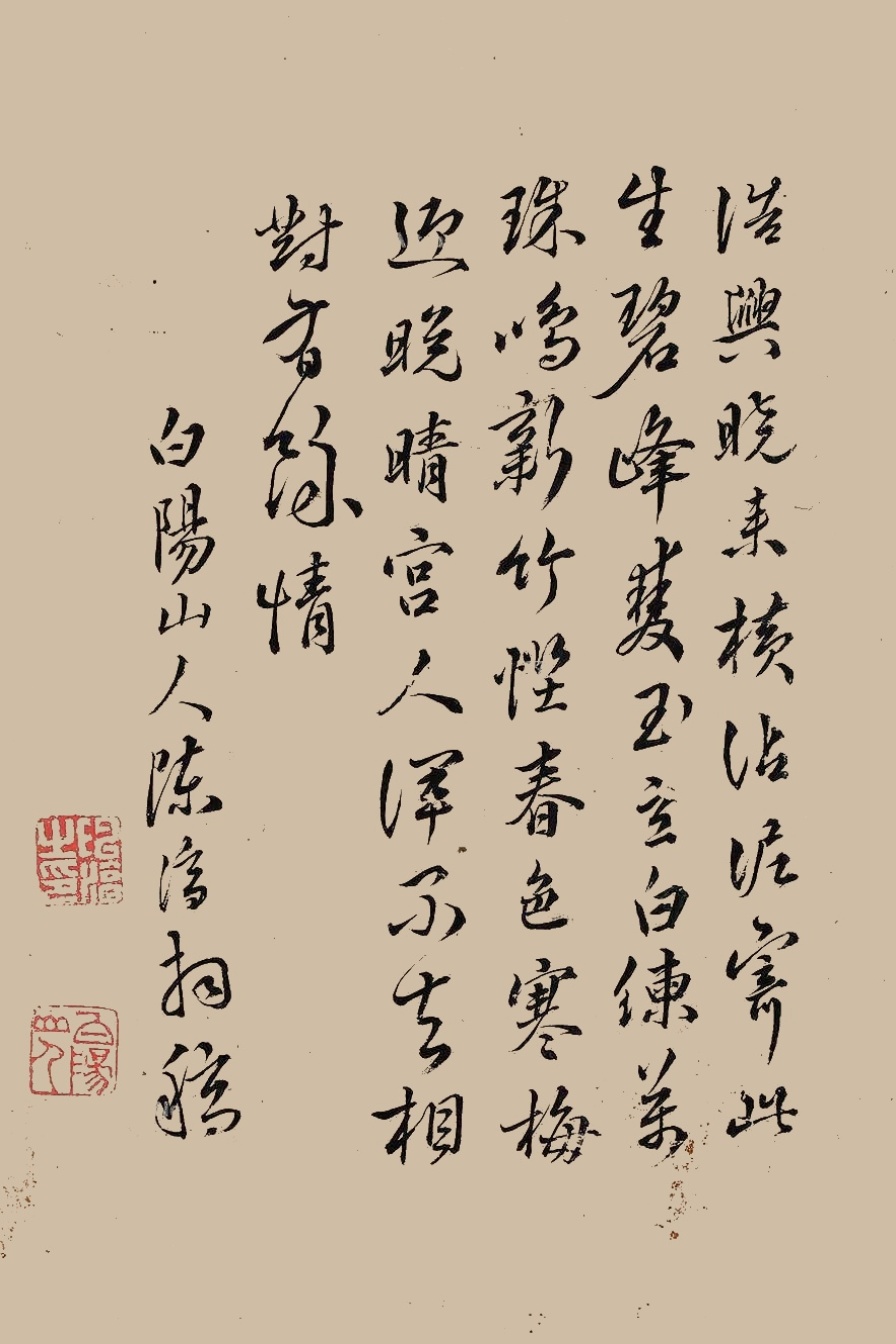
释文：浩兴晓来横，沾泥寄此生，碧峰双玉立，白练万珠鸣，新竹悭春色，寒梅迎晚晴，宫人浑不去，相对有余情。白阳山人陈淳拜稿。